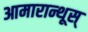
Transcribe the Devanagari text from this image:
आमारान्थूस्